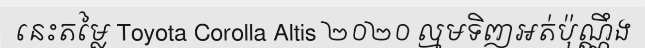
នេះតម្លៃ Toyota Corolla Altis ២០២០ ល្មមទិញអត់ប៉ុណ្ណឹង